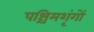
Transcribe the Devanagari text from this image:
पश्चिमशृंगों